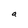
Character: a